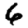
Digit: 6